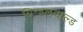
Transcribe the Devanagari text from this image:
ग्रिन्डलवाल्ड